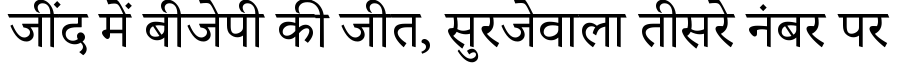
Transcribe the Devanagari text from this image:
जींद में बीजेपी की जीत, सुरजेवाला तीसरे नंबर पर